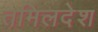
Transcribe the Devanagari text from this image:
तमिलदेश